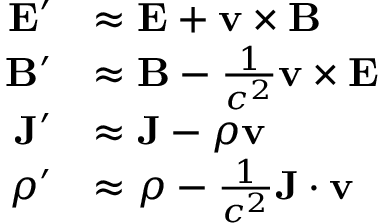
{ \begin{array} { r l } { \mathbf { E } ^ { \prime } } & { \approx \mathbf { E } + \mathbf { v } \times \mathbf { B } } \\ { \mathbf { B } ^ { \prime } } & { \approx \mathbf { B } - { \frac { 1 } { c ^ { 2 } } } \mathbf { v } \times \mathbf { E } } \\ { \mathbf { J } ^ { \prime } } & { \approx \mathbf { J } - \rho \mathbf { v } } \\ { \rho ^ { \prime } } & { \approx \rho - { \frac { 1 } { c ^ { 2 } } } \mathbf { J } \cdot \mathbf { v } } \end{array} }